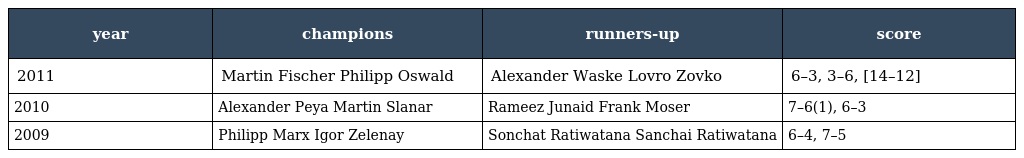
| year | champions | runners-up | score |
 | --- | --- | --- | --- |
 | 2011 | Martin Fischer Philipp Oswald | Alexander Waske Lovro Zovko | 6–3, 3–6, [14–12] |
 | 2010 | Alexander Peya Martin Slanar | Rameez Junaid Frank Moser | 7–6(1), 6–3 |
 | 2009 | Philipp Marx Igor Zelenay | Sonchat Ratiwatana Sanchai Ratiwatana | 6–4, 7–5 |